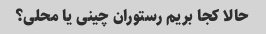
حالا کجا بریم رستوران چینی یا محلی؟